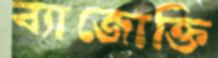
ব্যাজোক্তি